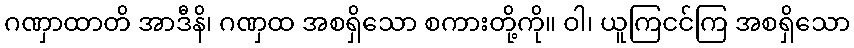
ဂဏှာထာတိ အာဒီနိ၊ ဂဏှထ အစရှိသော စကားတို့ကို။ ဝါ၊ ယူကြငင်ကြ အစရှိသော